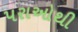
પરાઓથી